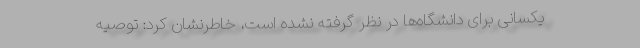
یکسانی برای دانشگاه‌ها در نظر گرفته نشده است، خاطرنشان کرد: توصیه